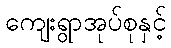
ကျေးရွာအုပ်စုနှင့်